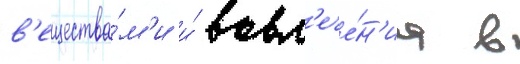
в'ещества́м'и и́ вовл'ече́н'иа в